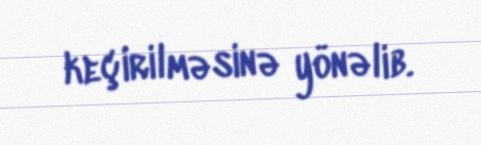
keçirilməsinə yönəlib.